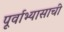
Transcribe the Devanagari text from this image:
पूर्वाभ्यासाची